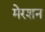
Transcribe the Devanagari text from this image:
मेरशन